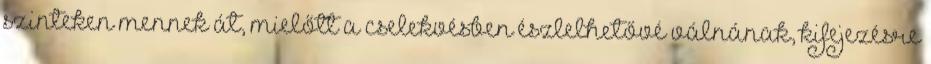
szinteken mennek át, mielőtt a cselekvésben észlelhetővé válnának, kifejezésre